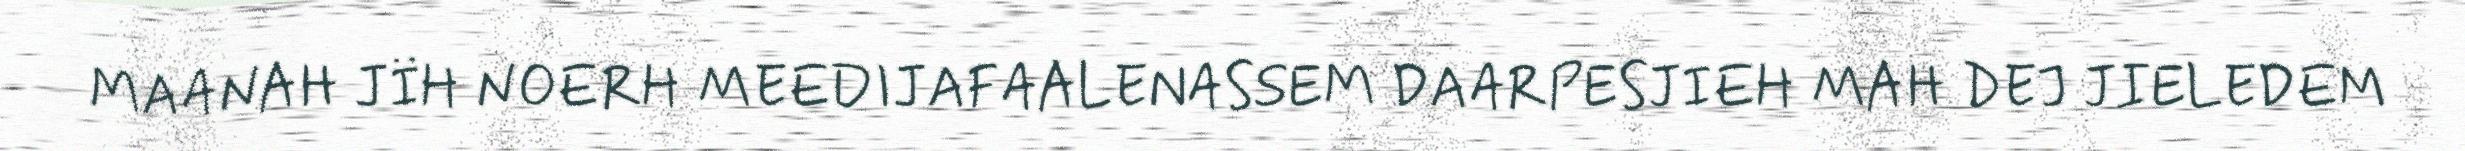
MAANAH JÏH NOERH MEEDIJAFAALENASSEM DAARPESJIEH MAH DEJ JIELEDEM